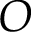
O